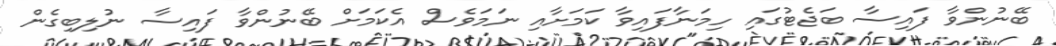
ބޭނުންވާ ފައިސާ ބަޖެޓުގައި ހިމަނާފައިވާ ކަމަށާއި ނަމަވެސް އެކަމަށް ބޭނުންވާ ފައިސާ ނުލިބިގެން